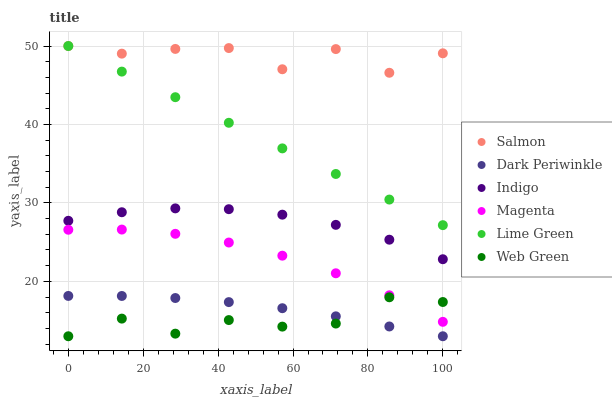
| xaxis_label | Salmon | Dark Periwinkle | Indigo | Magenta | Lime Green | Web Green |
 | --- | --- | --- | --- | --- | --- | --- |
 | 0 | 50 | 18.1 | 27.7 | 26.6 | 50 | 13 |
 | 14.3 | 49 | 18.1 | 28.8 | 26.6 | 46.7 | 15.2 |
 | 28.6 | 49.6 | 17.9 | 29.3 | 26.1 | 43.5 | 13.3 |
 | 42.9 | 49.7 | 17.4 | 29.2 | 24.9 | 40.2 | 15.1 |
 | 57.1 | 47 | 16.6 | 28.5 | 23.3 | 37 | 14.2 |
 | 71.4 | 49.6 | 15.5 | 27.2 | 21 | 33.7 | 14.6 |
 | 85.7 | 46.6 | 14.2 | 25.3 | 18.2 | 30.4 | 18 |
 | 100 | 49.1 | 13 | 22.8 | 14.8 | 27.2 | 17.4 |